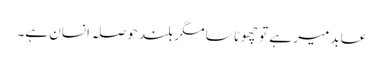
عابد میر ہے تو چھوٹا سا مگر بلند حوصلہ انسان ہے۔